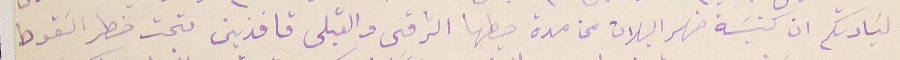
لسَيادتكم ان كنيسَة ضهر البلان من مدة حيطها الشرقى والقبلى قافذين تحت خطر السَقوط